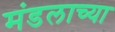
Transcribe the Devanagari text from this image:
मंडलाच्या